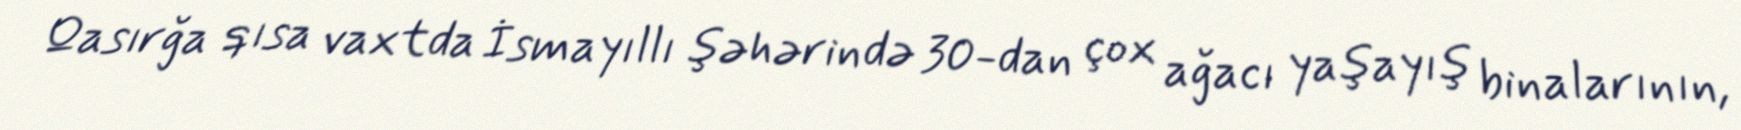
Qasırğa qısa vaxtda İsmayıllı şəhərində 30-dan çox ağacı yaşayış binalarının,